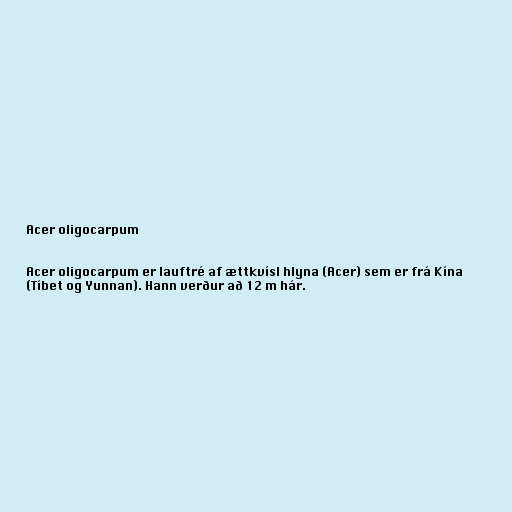
Acer oligocarpum

Acer oligocarpum er lauftré af ættkvísl hlyna (Acer) sem er frá Kína
(Tíbet og Yunnan). Hann verður að 12 m hár.